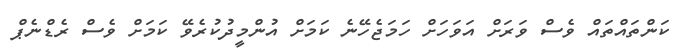
ކަންތައްތައް ވެސް ވަރަށް އަވަހަށް ހަމަޖެހޭނެ ކަމަށް އުންމީދުކުރެވޭ ކަމަށް ވެސް ރެޑްނެޕް